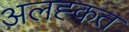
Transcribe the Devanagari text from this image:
अलह्कत